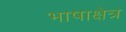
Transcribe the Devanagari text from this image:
भाषाक्षेत्र